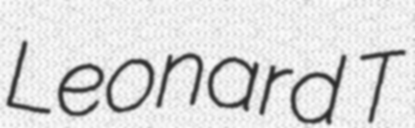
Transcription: Leonard T